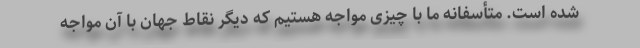
شده است. متأسفانه ما با چیزی مواجه هستیم که دیگر نقاط جهان با آن مواجه